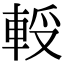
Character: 𨋻